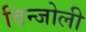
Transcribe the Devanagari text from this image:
बिन्जोली